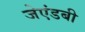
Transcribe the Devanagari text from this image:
जेएंडबी